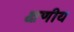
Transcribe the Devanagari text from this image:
क्षणीय